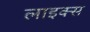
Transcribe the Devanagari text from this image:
लाइक्‍स